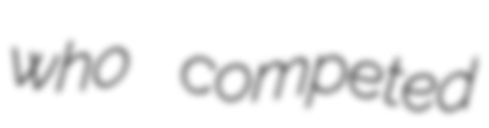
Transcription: who competed